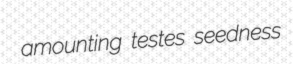
amounting testes seedness